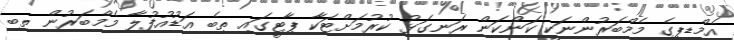
އެމްޑީޕީގެ މެމްބަރުންނަކީ ކަންކަން ރަނގަޅު ކުރުމަށްޓަކާ ޕާޓީގައި ތިބެ އަޑުއުފުލާ މެމްބަރުން ތިބި